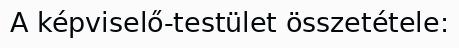
A képviselő-testület összetétele: